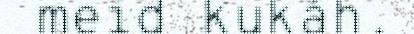
meid kukáh.